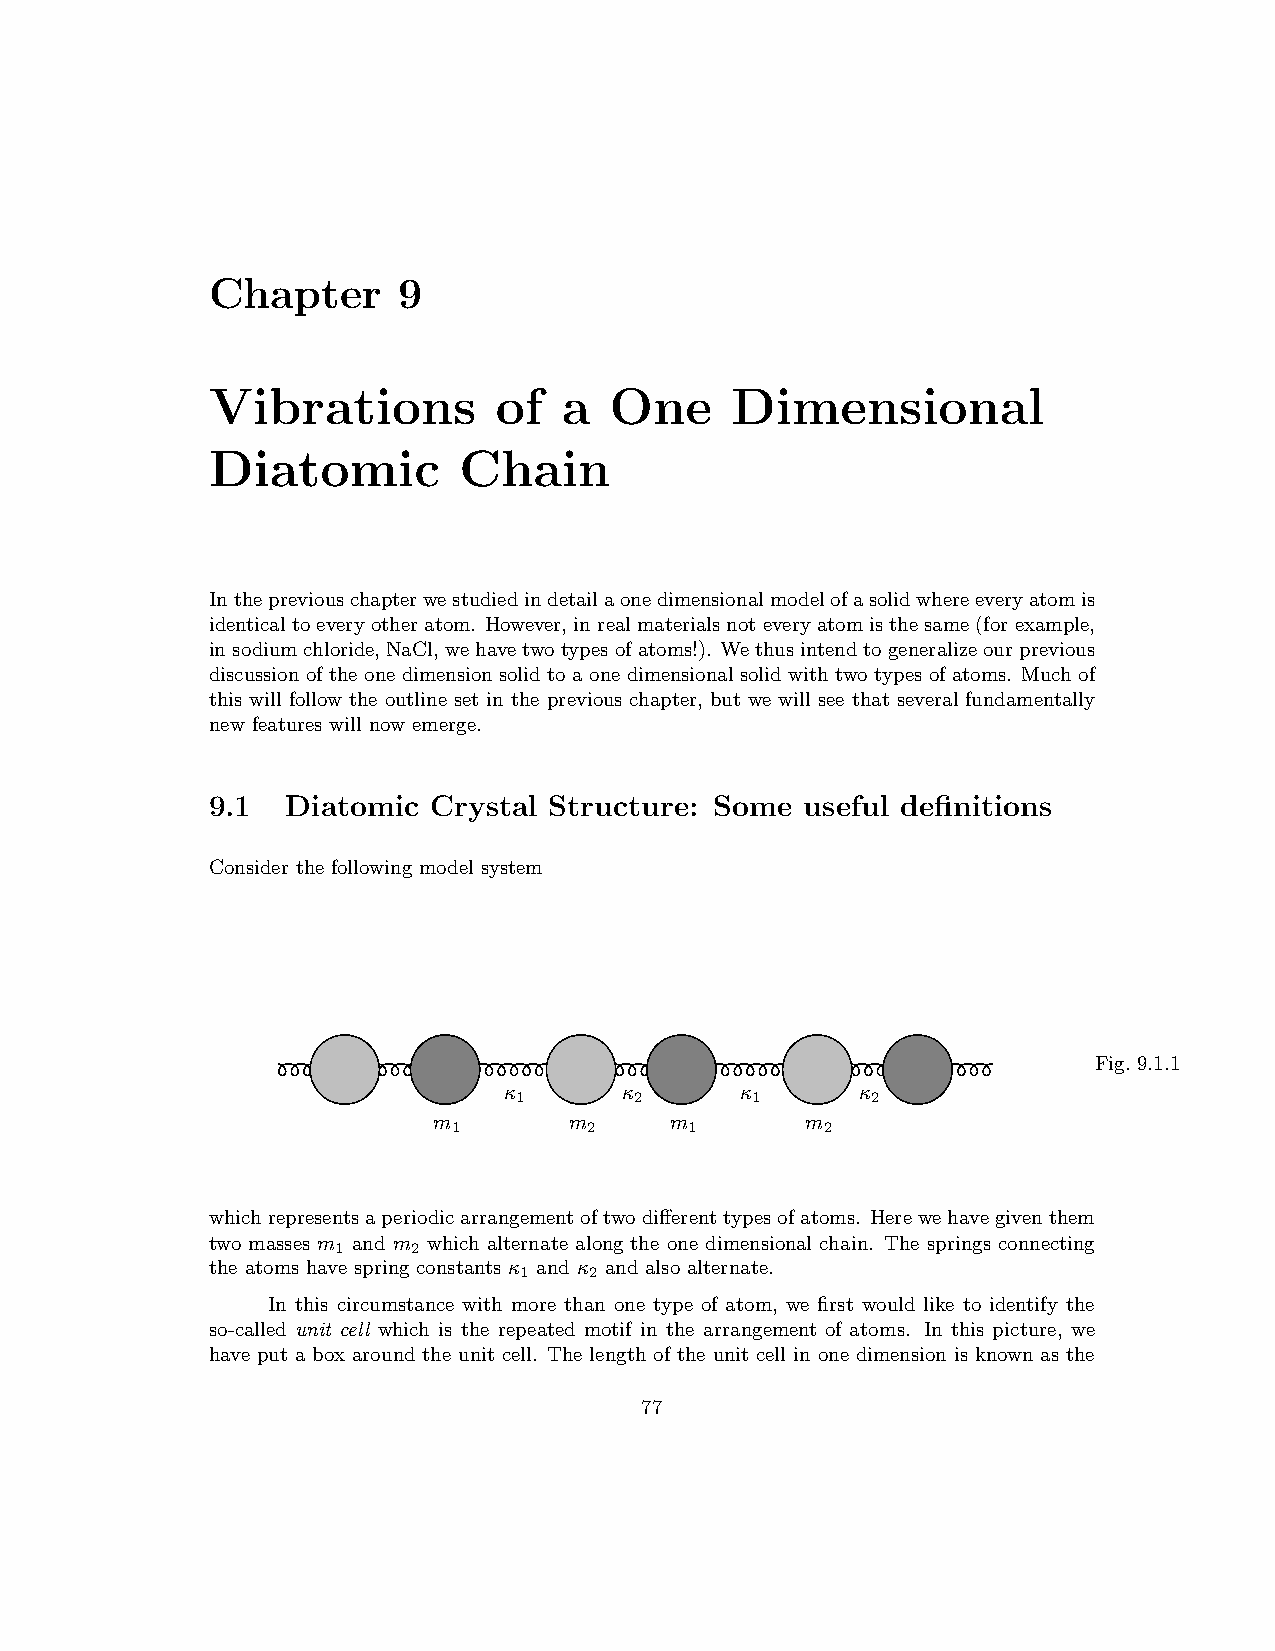
Chapter     9
 Vibrations         of  a  One     Dimensional
 Diatomic        Chain
 Inthepreviouschapterwestudiedindetailaonedimensionalmodelofasolidwhereeveryatomis
 identicaltoeveryotheratom. However,inrealmaterialsnoteveryatomisthe same(for example,
 insodiumchloride,NaCl,wehavetwotypesofatoms!). We thusintendtogeneralizeourprevious
 discussionof the one dimension solidto a one dimensional solidwith two types ofatoms. Much of
 this will follow the outline set in the previous chapter, but we will see that several fundamentally
 new features will now emerge.
 9.1  Diatomic  Crystal Structure: Some useful definitions
 Consider the following model system
 Fig. 9.1.1
 κ       κ       κ       κ
 1       2       1       2
 m        m     m        m
 1        2      1        2
 whichrepresentsaperiodic arrangementoftwodifferenttypes ofatoms. Herewe havegiventhem
 two masses m and m which alternate along the one dimensional chain. The springs connecting
 1    2
 the atoms have spring constants κ and κ and also alternate.
 1    2
 In this circumstance with more than one type of atom, we first would like to identify the
 so-called unit cell which is the repeated motif in the arrangement of atoms. In this picture, we
 have put a box around the unit cell. The length of the unit cell in one dimension is known as the
 77